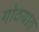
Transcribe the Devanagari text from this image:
गोठयात